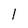
Character: l